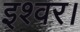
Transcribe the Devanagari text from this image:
इश्वर।